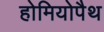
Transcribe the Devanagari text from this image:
होमियोपैथ